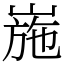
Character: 崺